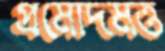
প্রমোদমত্ত